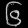
Digit: ၆